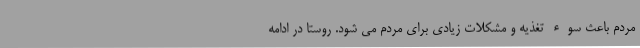
مردم باعث سوء تغذیه و مشکلات زیادی برای مردم می شود. روستا در ادامه